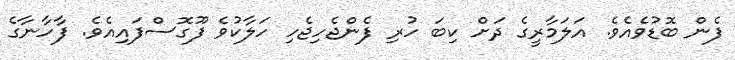
ފެން ބޮޑުވެއެވެ. އަލަމާރީގެ ދަށް ކިބަ ހުރި ފެންޖެހިޖެހި ހަލާކުވެ ފޫގޮސްފައިއެވެ. ފާހާނާގެ